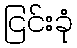
ငြင်းခုံ